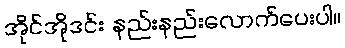
အိုင်အိုဒင်း နည်းနည်းလောက်ပေးပါ။